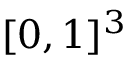
[ 0 , 1 ] ^ { 3 }